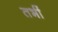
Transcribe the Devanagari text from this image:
तभीं